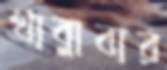
খাব্‌লাবার